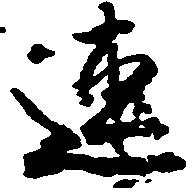
連